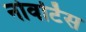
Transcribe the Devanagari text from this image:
नोवर्टिस